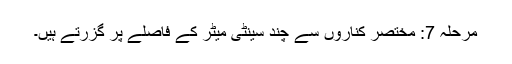
مرحلہ 7: مختصر کناروں سے چند سینٹی میٹر کے فاصلے پر گزرتے ہیں۔